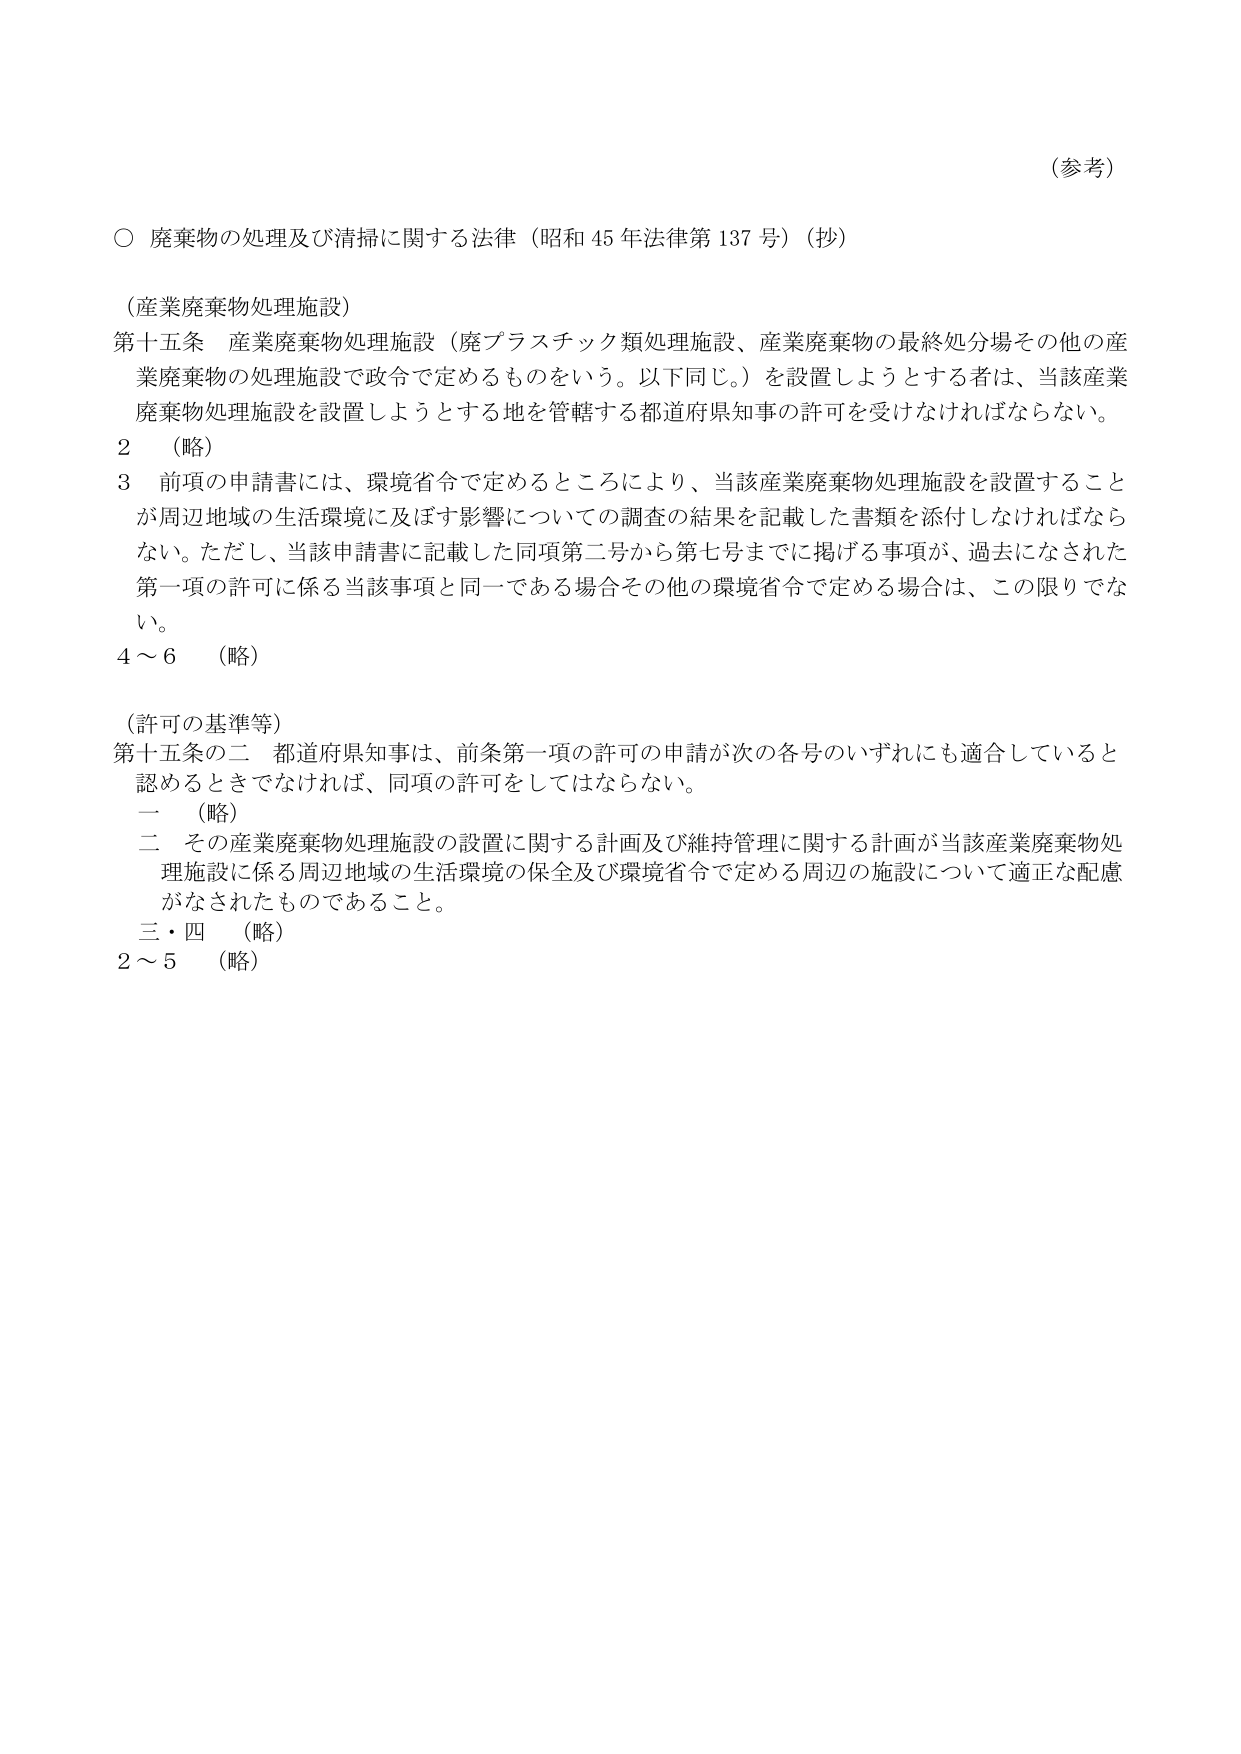
（参考）

○ 廃棄物の処理及び清掃に関する法律（昭和45年法律第137号）（抄）

（産業廃棄物処理施設）
第十五条 産業廃棄物処理施設（廃プラスチック類処理施設、産業廃棄物の最終処分場その他 の産業廃棄物の処理施設で政令で定めるものをいう。以下同じ。）を設置しようとする者は、当該産業廃棄物処理施設を設置しようとする地を管轄する都道府県知事の許可を受けなければならない。

２ （略）

３ 前項の申請書には、環境省令で定めるところにより、当該産業廃棄物処理施設を設置することが周辺地域の生活環境に及ぼす影響についての調査の結果を記載した書類を添付しなければならない。ただし、当該申請書に記載した同項第二号から第七号までに掲げる事項が、過去になされた第一項の許可に係る当該事項と同一である場合その他の環境省令で定める場合は、この限りでない。

４～６ （略）

（許可の基準等）
第十五条の二 都道府県知事は、前条第一項の許可の申請が次の各号のいずれにも適合していると認めるときでなければ、同項の許可をしてはならない。

一 （略）

二 その産業廃棄物処理施設の設置に関する計画及び維持管理に関する計画が当該産業廃棄物処理施設に係る周辺地域の生活環境の保全及び環境省令で定める周辺の施設について適正な配慮がなされたものであること。

三・四 （略）

２～５ （略）